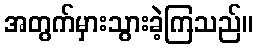
အတွက်မှားသွားခဲ့ကြသည်။